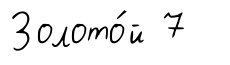
Золото́й 7